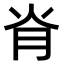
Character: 𦙊